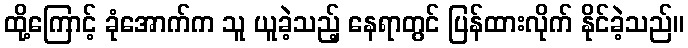
ထို့ကြောင့် ခုံအောက်က သူ ယူခဲ့သည့် နေရာတွင် ပြန်ထားလိုက် နိုင်ခဲ့သည်။